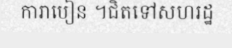
ការាបៀន ។ជិតទៅសហរដ្ឋ